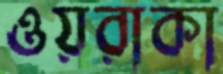
ওয়রাকা